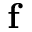
\mathbf { f }